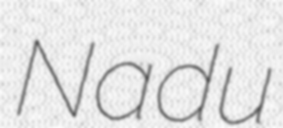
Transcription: Nadu